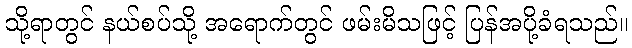
သို့ရာတွင် နယ်စပ်သို့ အရောက်တွင် ဖမ်းမိသဖြင့် ပြန်အပို့ခံရသည်။